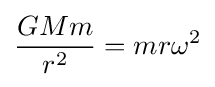
{\frac {GMm}{r^{2}}}=mr\omega ^{2}